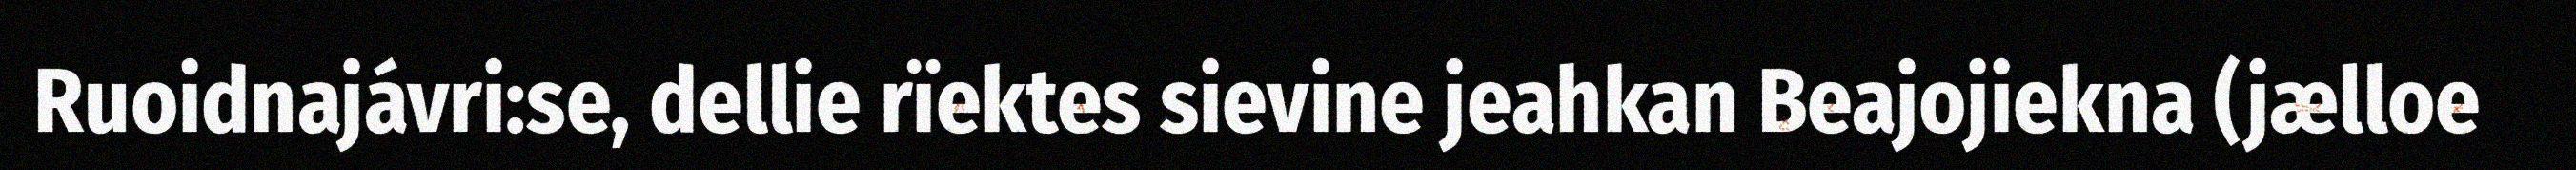
Ruoidnajávri:se, dellie rïektes sievine jeahkan Beajojiekna (jælloe